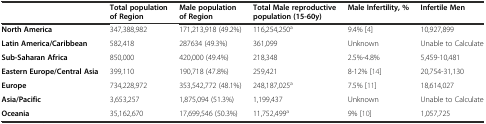
|  | Total population of Region | Male population of Region | Total Male reproductive population (15-60y) | Male Infertility, % | Infertile Men |
 | --- | --- | --- | --- | --- | --- |
 | North America | 347,388,982 | 171,213,918 (49.2%) | 116,254,250a | 9.4% [4] | 10,927,899 |
 | Latin America/Caribbean | 582,418 | 287634 (49.3%) | 361,099 | Unknown | Unable to Calculate |
 | Sub-Saharan Africa | 850,000 | 420,000 (49.4%) | 218,348 | 2.5%-4.8% | 5,459-10,481 |
 | Eastern Europe/Central Asia | 399,110 | 190,718 (47.8%) | 259,421 | 8-12% [14] | 20,754-31,130 |
 | Europe | 734,228,972 | 353,542,772 (48.1%) | 248,187,025a | 7.5% [11] | 18,614,027 |
 | Asia/Pacific | 3,653,257 | 1,875,094 (51.3%) | 1,199,437 | Unknown | Unable to Calculate |
 | Oceania | 35,162,670 | 17,699,546 (50.3%) | 11,752,499a | 9% [10] | 1,057,725 |